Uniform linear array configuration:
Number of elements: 12
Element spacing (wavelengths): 1
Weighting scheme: kaiser
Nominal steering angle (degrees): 60
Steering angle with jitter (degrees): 60.406
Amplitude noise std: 0.05
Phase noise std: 0.05

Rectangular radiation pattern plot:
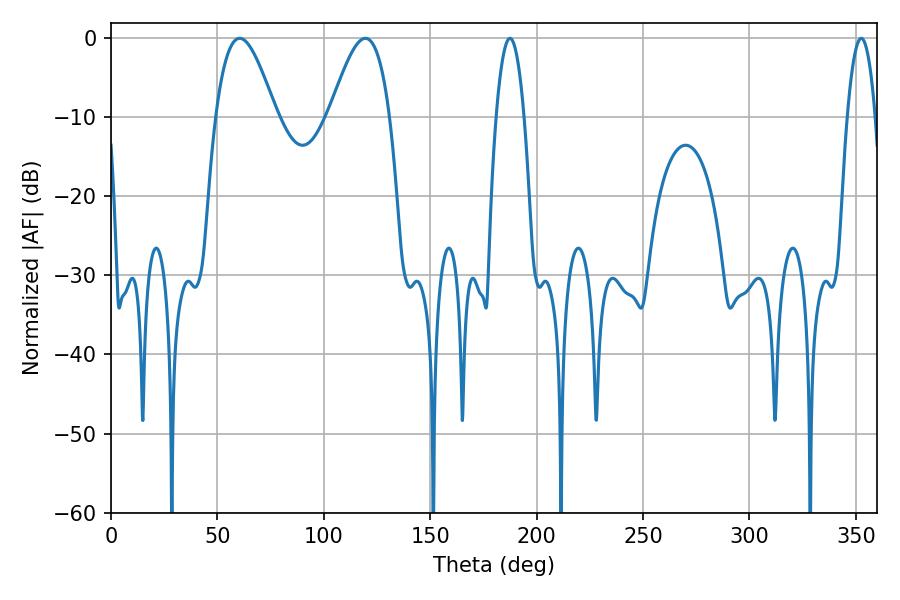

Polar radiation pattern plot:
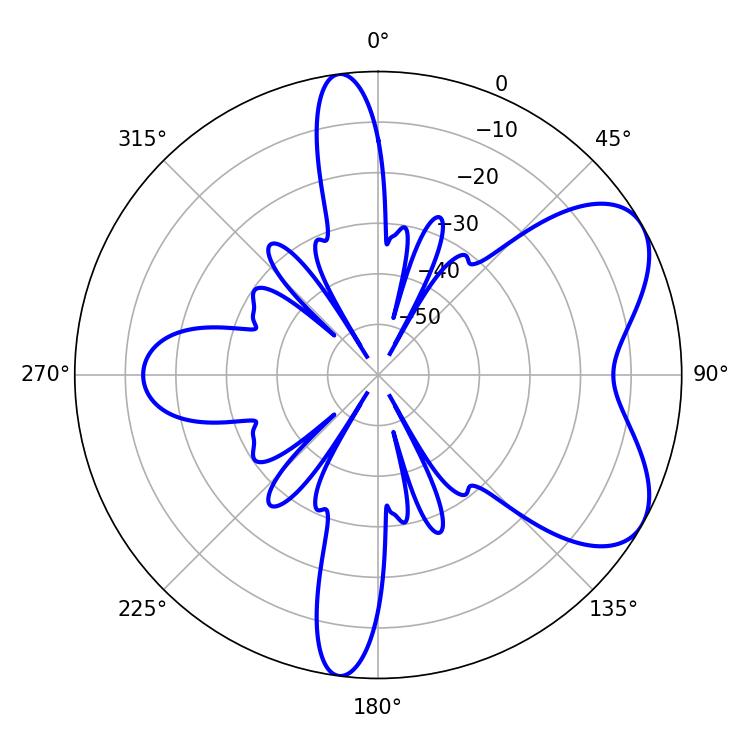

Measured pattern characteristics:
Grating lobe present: TRUE
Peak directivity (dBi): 6.218
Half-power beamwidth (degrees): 15.12
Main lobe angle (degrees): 60.48